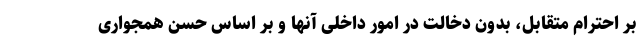
بر احترام متقابل، بدون دخالت در امور داخلی آنها و بر اساس حسن همجواری